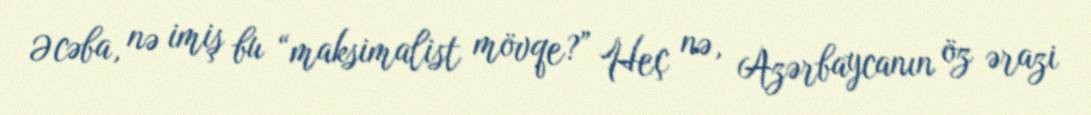
Əcəba, nə imiş bu “maksimalist mövqe?” Heç nə, Azərbaycanın öz ərazi